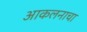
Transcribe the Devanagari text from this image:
आकलनाचा